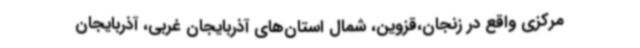
مرکزی واقع در زنجان،قزوین، شمال استان‌های آذربایجان غربی، آذربایجان